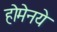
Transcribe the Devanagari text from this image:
होमेनये